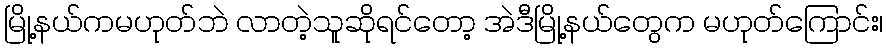
မြို့နယ်ကမဟုတ်ဘဲ လာတဲ့သူဆိုရင်တော့ အဲဒီမြို့နယ်တွေက မဟုတ်ကြောင်း၊